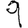
Digit: 9